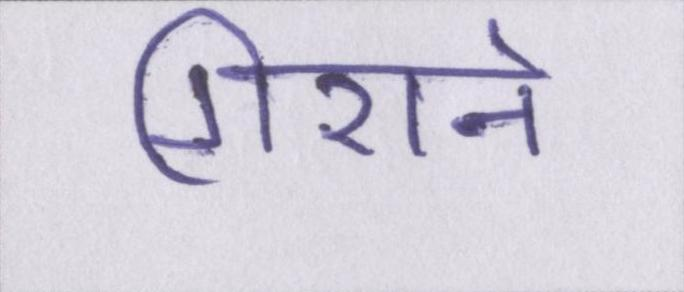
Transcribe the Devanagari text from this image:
गिराने